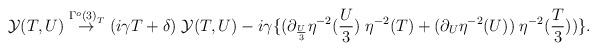
LaTeX: \begin{align*}{\cal Y}(T,U) \stackrel{{\Gamma^o(3)}_T}{\rightarrow} (i \gamma T + \delta )\; {\cal Y}(T,U) - i \gamma\{ (\partial_{\frac{U}{3}} \eta^{-2}(\frac{U}{3}) \;\eta^{-2}(T) + (\partial_U \eta^{-2}(U)) \;\eta^{-2}(\frac{T}{3})) \}. \end{align*}